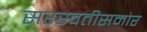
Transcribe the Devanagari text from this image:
सरस्वतीसमोर